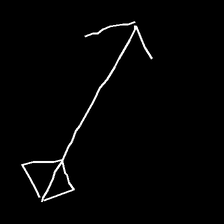
Glyph: focus